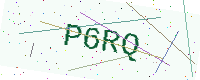
Text: P6RQ